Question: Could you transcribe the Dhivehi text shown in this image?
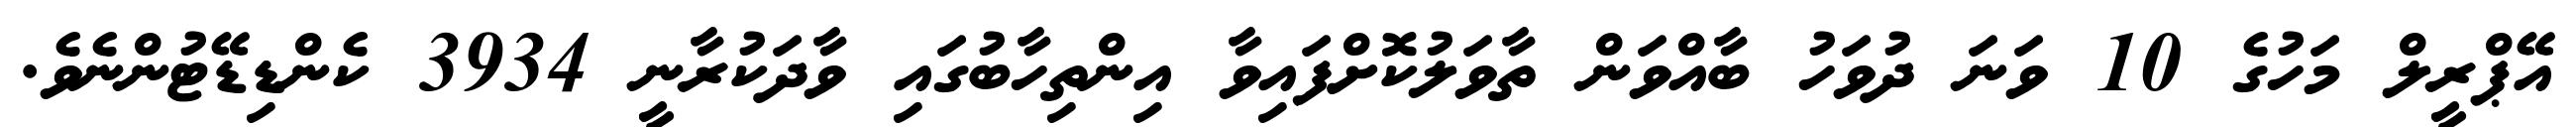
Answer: އޭޕްރީލް މަހުގެ 10 ވަނަ ދުވަހު ބާއްވަން ތާވަލުކޮށްފައިވާ އިންތިހާބުގައި ވާދަކުރާނީ 3934 ކެންޑިޑޭޓުންނެވެ.